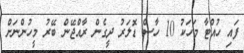
ފައި ހުއްޓާ މަހަކު 10 ހާސް ޑޮލަރު ދީގެން ރާއްޖޭން ބޭރު މީހުންނަށް